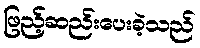
ဖြည့်ဆည်းပေးခဲ့သည်